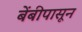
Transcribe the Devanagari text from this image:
बेंबीपासून